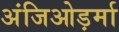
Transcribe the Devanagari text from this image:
अंजिओड़र्मा